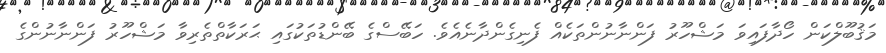
މަޤުބޫލްކަން ހޯދާފައިވަ މަޝްހޫރު ފަންނާނުންތަކެއް ފެނިގެންދާނެއެވެ. ހަބޭސްގެ ބޭންޑުތަކުގައި ޙަރަކާތްތެރިވާ މަޝްހޫރު ފަންނާނުންގެ